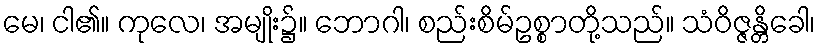
မေ၊ ငါ၏။ ကုလေ၊ အမျိုး၌။ ဘောဂါ၊ စည်းစိမ်ဥစ္စာတို့သည်။ သံဝိဇ္ဇန္တိခေါ၊